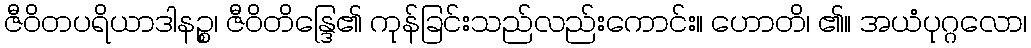
ဇီဝိတပရိယာဒါနဉ္စ၊ ဇီဝိတိန္ဒြေ၏ ကုန်ခြင်းသည်လည်းကောင်း။ ဟောတိ၊ ၏။ အယံပုဂ္ဂလော၊